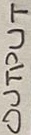
Text: OUTPUT